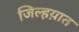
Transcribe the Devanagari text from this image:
जिल्हय़ात